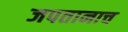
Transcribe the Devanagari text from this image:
जपतानाच